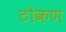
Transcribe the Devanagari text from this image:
टोकण